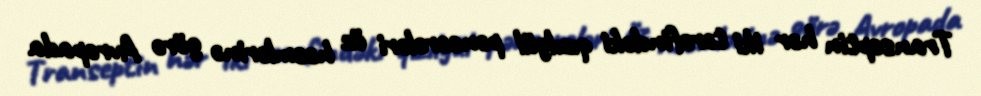
Transeptin hər iki tərəfindəki qızılgül pəncərələri öz həcmlərinə görə Avropada